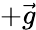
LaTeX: +\vec{g}